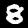
Digit: 8